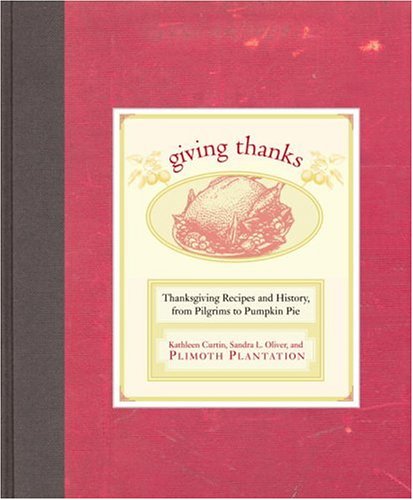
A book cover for Giving Thanks: Thanksgiving Recipes and History, from Pilgrims to Pumpkin Pie; Kathleen Curtin; Cookbooks, Food & Wine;